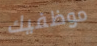
موظفيك